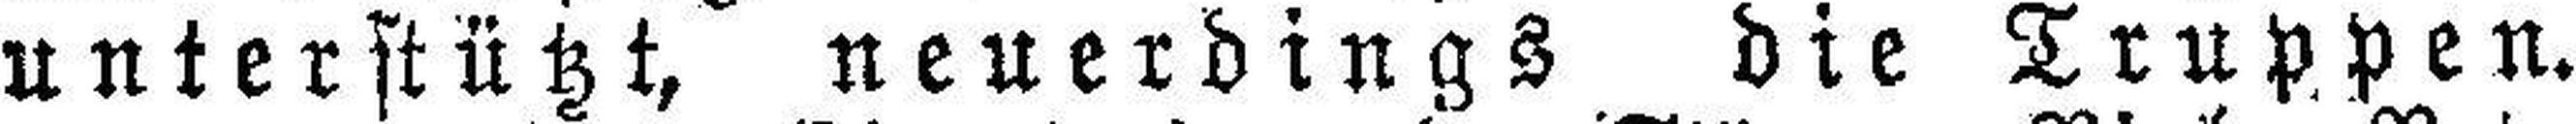
unterstützt, neuerdings die Truppen.